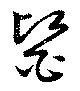
医